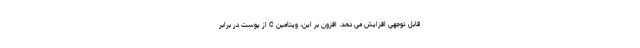
قابل توجهی افزایش می دهد. افزون بر این، ویتامین C از پوست در برابر